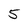
Character: 5